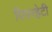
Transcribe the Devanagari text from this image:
पिपरहेटी